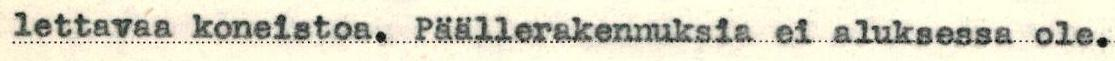
lettavaa koneistoa. Päällerakennuksia ei aluksessa ole.